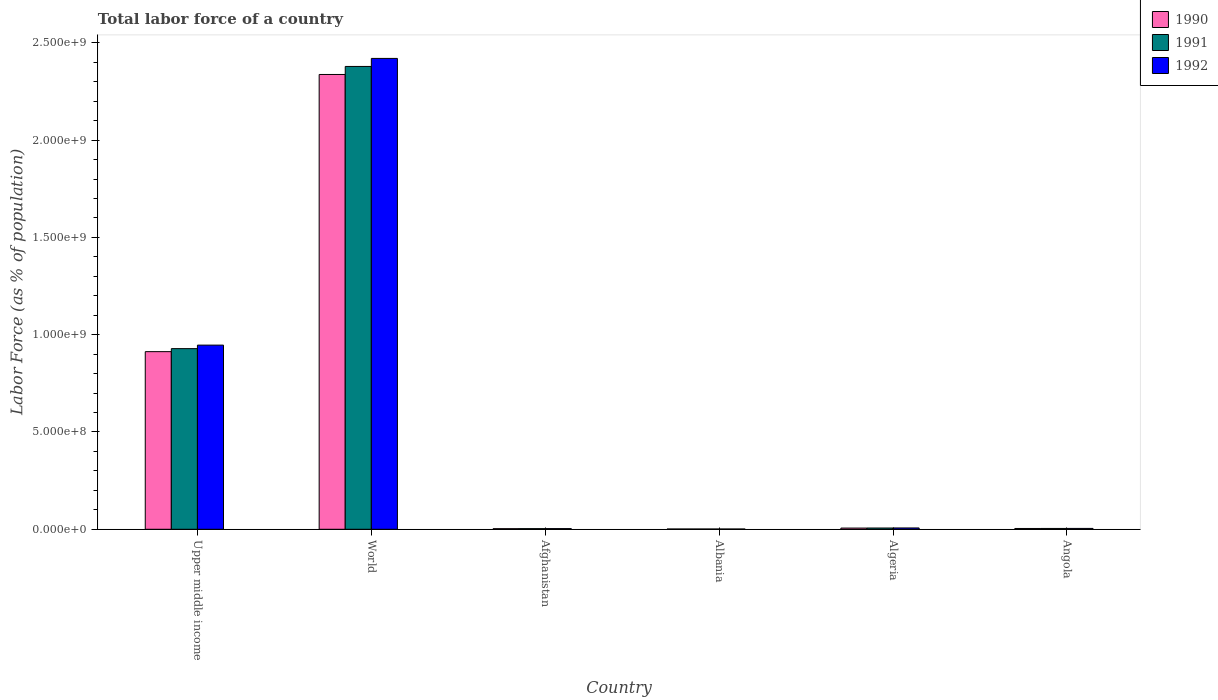
| Country | 1990 | 1991 | 1992 |
 | --- | --- | --- | --- |
 | Upper middle income | 9.13e+08 | 9.28e+08 | 9.46e+08 |
 | World | 2.34e+09 | 2.38e+09 | 2.42e+09 |
 | Afghanistan | 3.08e+06 | 3.26e+06 | 3.5e+06 |
 | Albania | 1.42e+06 | 1.43e+06 | 1.42e+06 |
 | Algeria | 6.21e+06 | 6.5e+06 | 6.81e+06 |
 | Angola | 4.12e+06 | 4.24e+06 | 4.4e+06 |